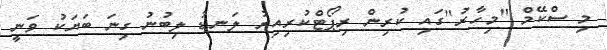
މި ސްކޭމް "މިހާރު"ގައި ކުރިން ރިޕޯޓްކުރިއިރު ލަނޑު ލިބުނު ގިނަ ބަޔަކު ވަނީ